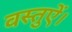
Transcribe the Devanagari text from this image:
वस्तुऐं।